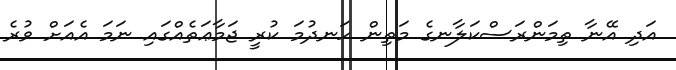
އަދި އޭނާ ތިމަންރަސްކަލާނގެ މަތިން ހަނދުމަ ކުރީ ޖަމާޢަތެއްގައި ނަމަ އެއަށް ވުރެ